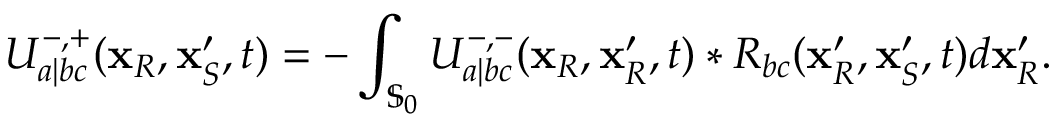
U _ { a | b c } ^ { - , + } ( \mathbf { x } _ { R } , \mathbf { x } _ { S } ^ { \prime } , t ) = - \int _ { \mathbb { S } _ { 0 } } U _ { a | b c } ^ { - , - } ( \mathbf { x } _ { R } , \mathbf { x } _ { R } ^ { \prime } , t ) * R _ { b c } ( \mathbf { x } _ { R } ^ { \prime } , \mathbf { x } _ { S } ^ { \prime } , t ) d \mathbf { x } _ { R } ^ { \prime } .